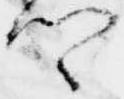
卿